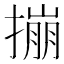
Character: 𪮤